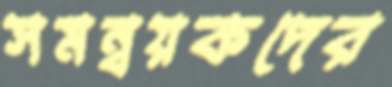
সমন্বয়কদের